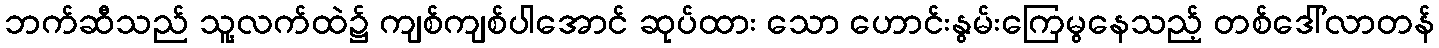
ဘက်ဆီသည် သူ့လက်ထဲ၌ ကျစ်ကျစ်ပါအောင် ဆုပ်ထား သော ဟောင်းနွမ်းကြေမွနေသည့် တစ်ဒေါ်လာတန်